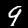
Label: 9